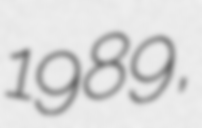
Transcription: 1989,